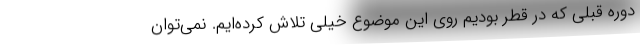
دوره قبلی که در قطر بودیم روی این موضوع خیلی تلاش کرده‌ایم. نمی‌توان